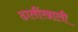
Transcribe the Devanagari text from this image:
ढालींखाली